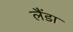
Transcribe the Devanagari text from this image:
लैंडा